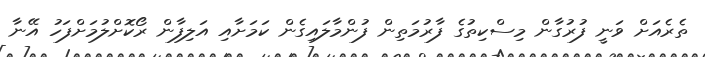
ތެރެއަށް ވަނީ ފުރުގާން މިސްކިތުގެ ފާރުމަތިން ފުންމާލައިގެން ކަމަށާއި އަލިފާން ރޯކޮށްލުމަށްފަހު އޭނާ